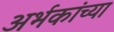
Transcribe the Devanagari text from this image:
अर्भकांच्या